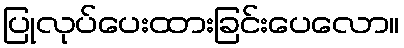
ပြုလုပ်ပေးထားခြင်းပေလော။